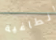
الطاغية